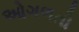
ઓગળતો